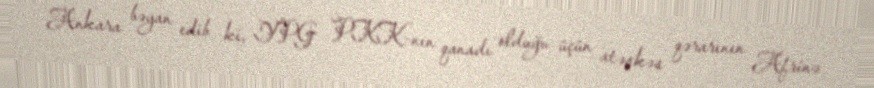
Ankara bəyan edib ki, YPG PKK-nın qanadı olduğu üçün atəşkəs qərarının Afrinə